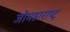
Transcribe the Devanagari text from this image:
जोमहाराष्ट्र